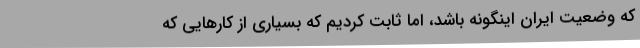
که وضعیت ایران اینگونه باشد، اما ثابت کردیم که بسیاری از کارهایی که